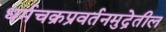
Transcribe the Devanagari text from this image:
धर्मचक्रप्रवर्तनमुद्रेतील